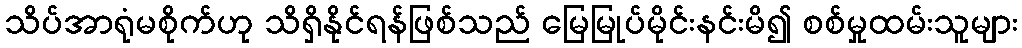
သိပ်အာရုံမစိုက်ဟု သိရှိနိုင်ရန်ဖြစ်သည် မြေမြုပ်မိုင်းနင်းမိ၍ စစ်မှုထမ်းသူများ